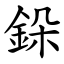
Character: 䤪